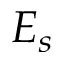
E _ { s }